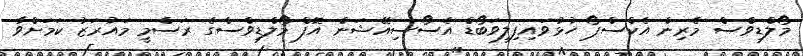
މޯލްޑިވްސް މެރިން އެކްސްޕޯ ހުޅުވައިފިލިވަބޯޑް އެސޯސިއޭޝަން އޮފް މޯލްޑިވްސްގެ ރަސްމީ މައުރަޒު ކަމަށްވާ